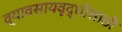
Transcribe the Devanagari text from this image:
व्यावसायवृद्धीसाठी